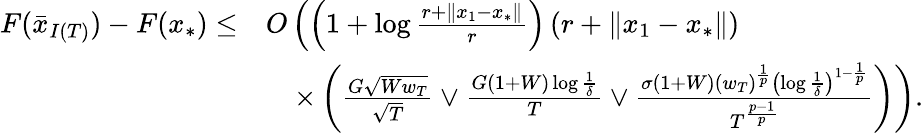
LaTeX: \begin{array}{rl}{F(\bar{x}_{I(T)})-F(x_{*})\leq}&{O\left(\left(1+\log\frac{r+\left\Vert x_{1}-x_{*}\right\Vert}{r}\right)\left(r+\left\Vert x_{1}-x_{*}\right\Vert\right)\right.}\\ &{\quad\left.\times\left(\frac{G\sqrt{Ww_{T}}}{\sqrt{T}}\lor\frac{G\left(1+W\right)\log\frac{1}{\delta}}{T}\lor\frac{\sigma\left(1+W\right)\left(w_{T}\right)^{\frac{1}{p}}\left(\log\frac{1}{\delta}\right)^{1-\frac{1}{p}}}{T^{\frac{p-1}{p}}}\right)\right).}\end{array}